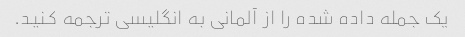
یک جمله داده شده را از آلمانی به انگلیسی ترجمه کنید.